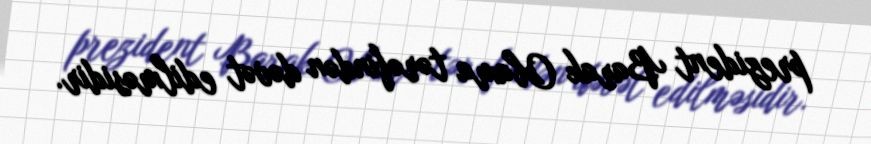
prezident Barak Obama tərəfindən dəvət edilməsidir.